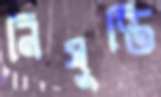
নিষুপ্তি